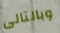
وبالتالى